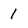
Character: 1